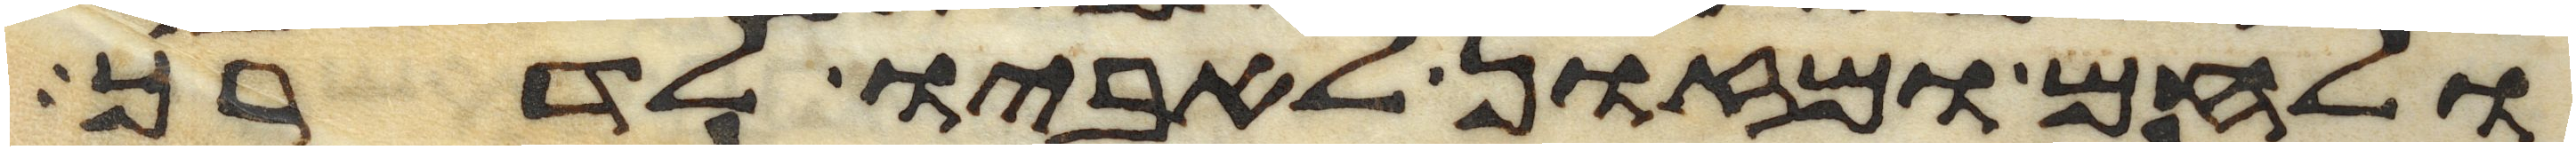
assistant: ולחם ומזון לאביו לדרך